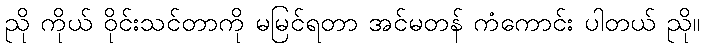
ညို ကိုယ် ဝိုင်းသင်တာကို မမြင်ရတာ အင်မတန် ကံကောင်း ပါတယ် ညို။